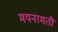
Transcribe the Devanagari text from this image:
मयनामती